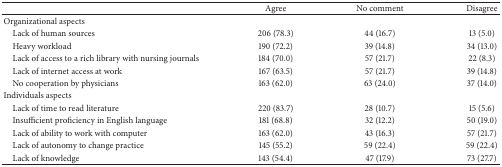
<table><thead><tr><td><b> </b></td><td><b>Agree</b></td><td><b>No comment</b></td><td><b>Disagree</b></td></tr></thead><tbody><tr><td>Organizational aspects</td><td> </td><td> </td><td> </td></tr><tr><td> Lack of human sources</td><td>206 (78.3)</td><td>44 (16.7)</td><td>13 (5.0)</td></tr><tr><td> Heavy workload</td><td>190 (72.2)</td><td>39 (14.8)</td><td>34 (13.0)</td></tr><tr><td> Lack of access to a rich library with nursing journals</td><td>184 (70.0)</td><td>57 (21.7)</td><td>22 (8.3)</td></tr><tr><td> Lack of internet access at work</td><td>167 (63.5)</td><td>57 (21.7)</td><td>39 (14.8)</td></tr><tr><td> No cooperation by physicians </td><td>163 (62.0)</td><td>63 (24.0)</td><td>37 (14.0)</td></tr><tr><td>Individuals aspects</td><td> </td><td> </td><td> </td></tr><tr><td> Lack of time to read literature</td><td>220 (83.7)</td><td>28 (10.7)</td><td>15 (5.6)</td></tr><tr><td> Insufficient proficiency in English language</td><td>181 (68.8)</td><td>32 (12.2)</td><td>50 (19.0)</td></tr><tr><td> Lack of ability to work with computer</td><td>163 (62.0)</td><td>43 (16.3)</td><td>57 (21.7)</td></tr><tr><td> Lack of autonomy to change practice</td><td>145 (55.2)</td><td>59 (22.4)</td><td>59 (22.4)</td></tr><tr><td> Lack of knowledge</td><td>143 (54.4)</td><td>47 (17.9)</td><td>73 (27.7)</td></tr></tbody></table>